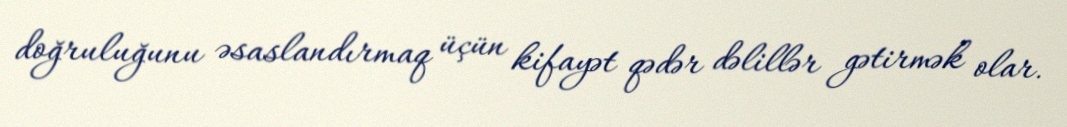
doğruluğunu əsaslandırmaq üçün kifayət qədər dəlillər gətirmək olar.